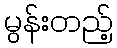
မွန်းတည့်